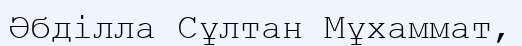
Әбділла Сұлтан Мұхаммат,